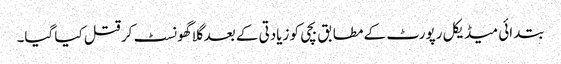
بتدائی میڈیکل رپورٹ کے مطابق بچی کو زیادتی کے بعد گلا گھونسٹ کر قتل کیا گیا۔